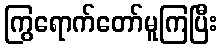
ကြွရောက်တော်မူကြပြီး